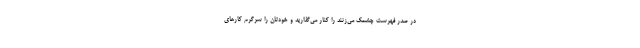
در صدر فهرست چشمک می‌زنند را کنار می‌گذارید و خودتان را سرگرم کارهای